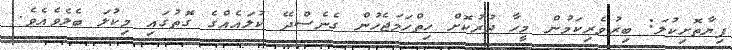
ފިޔާތޮށިކުލަ: ބިރުވެރިކަމުން މީހާ ދުރުކޮށް ހިތްހަމަޖެހުން ގެނެސްދޭ ކުލައެއްގެ ގޮތުގައި މިކުލަ ބެލެވެއެވެ.